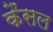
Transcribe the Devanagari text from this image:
कैंसल